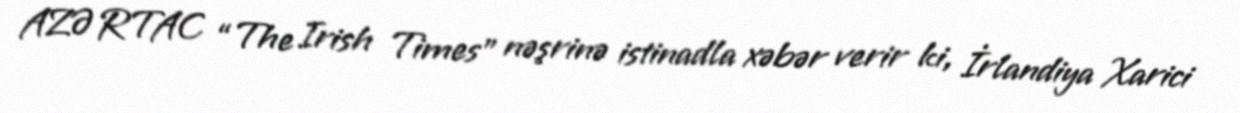
AZƏRTAC “The Irish Times” nəşrinə istinadla xəbər verir ki, İrlandiya Xarici